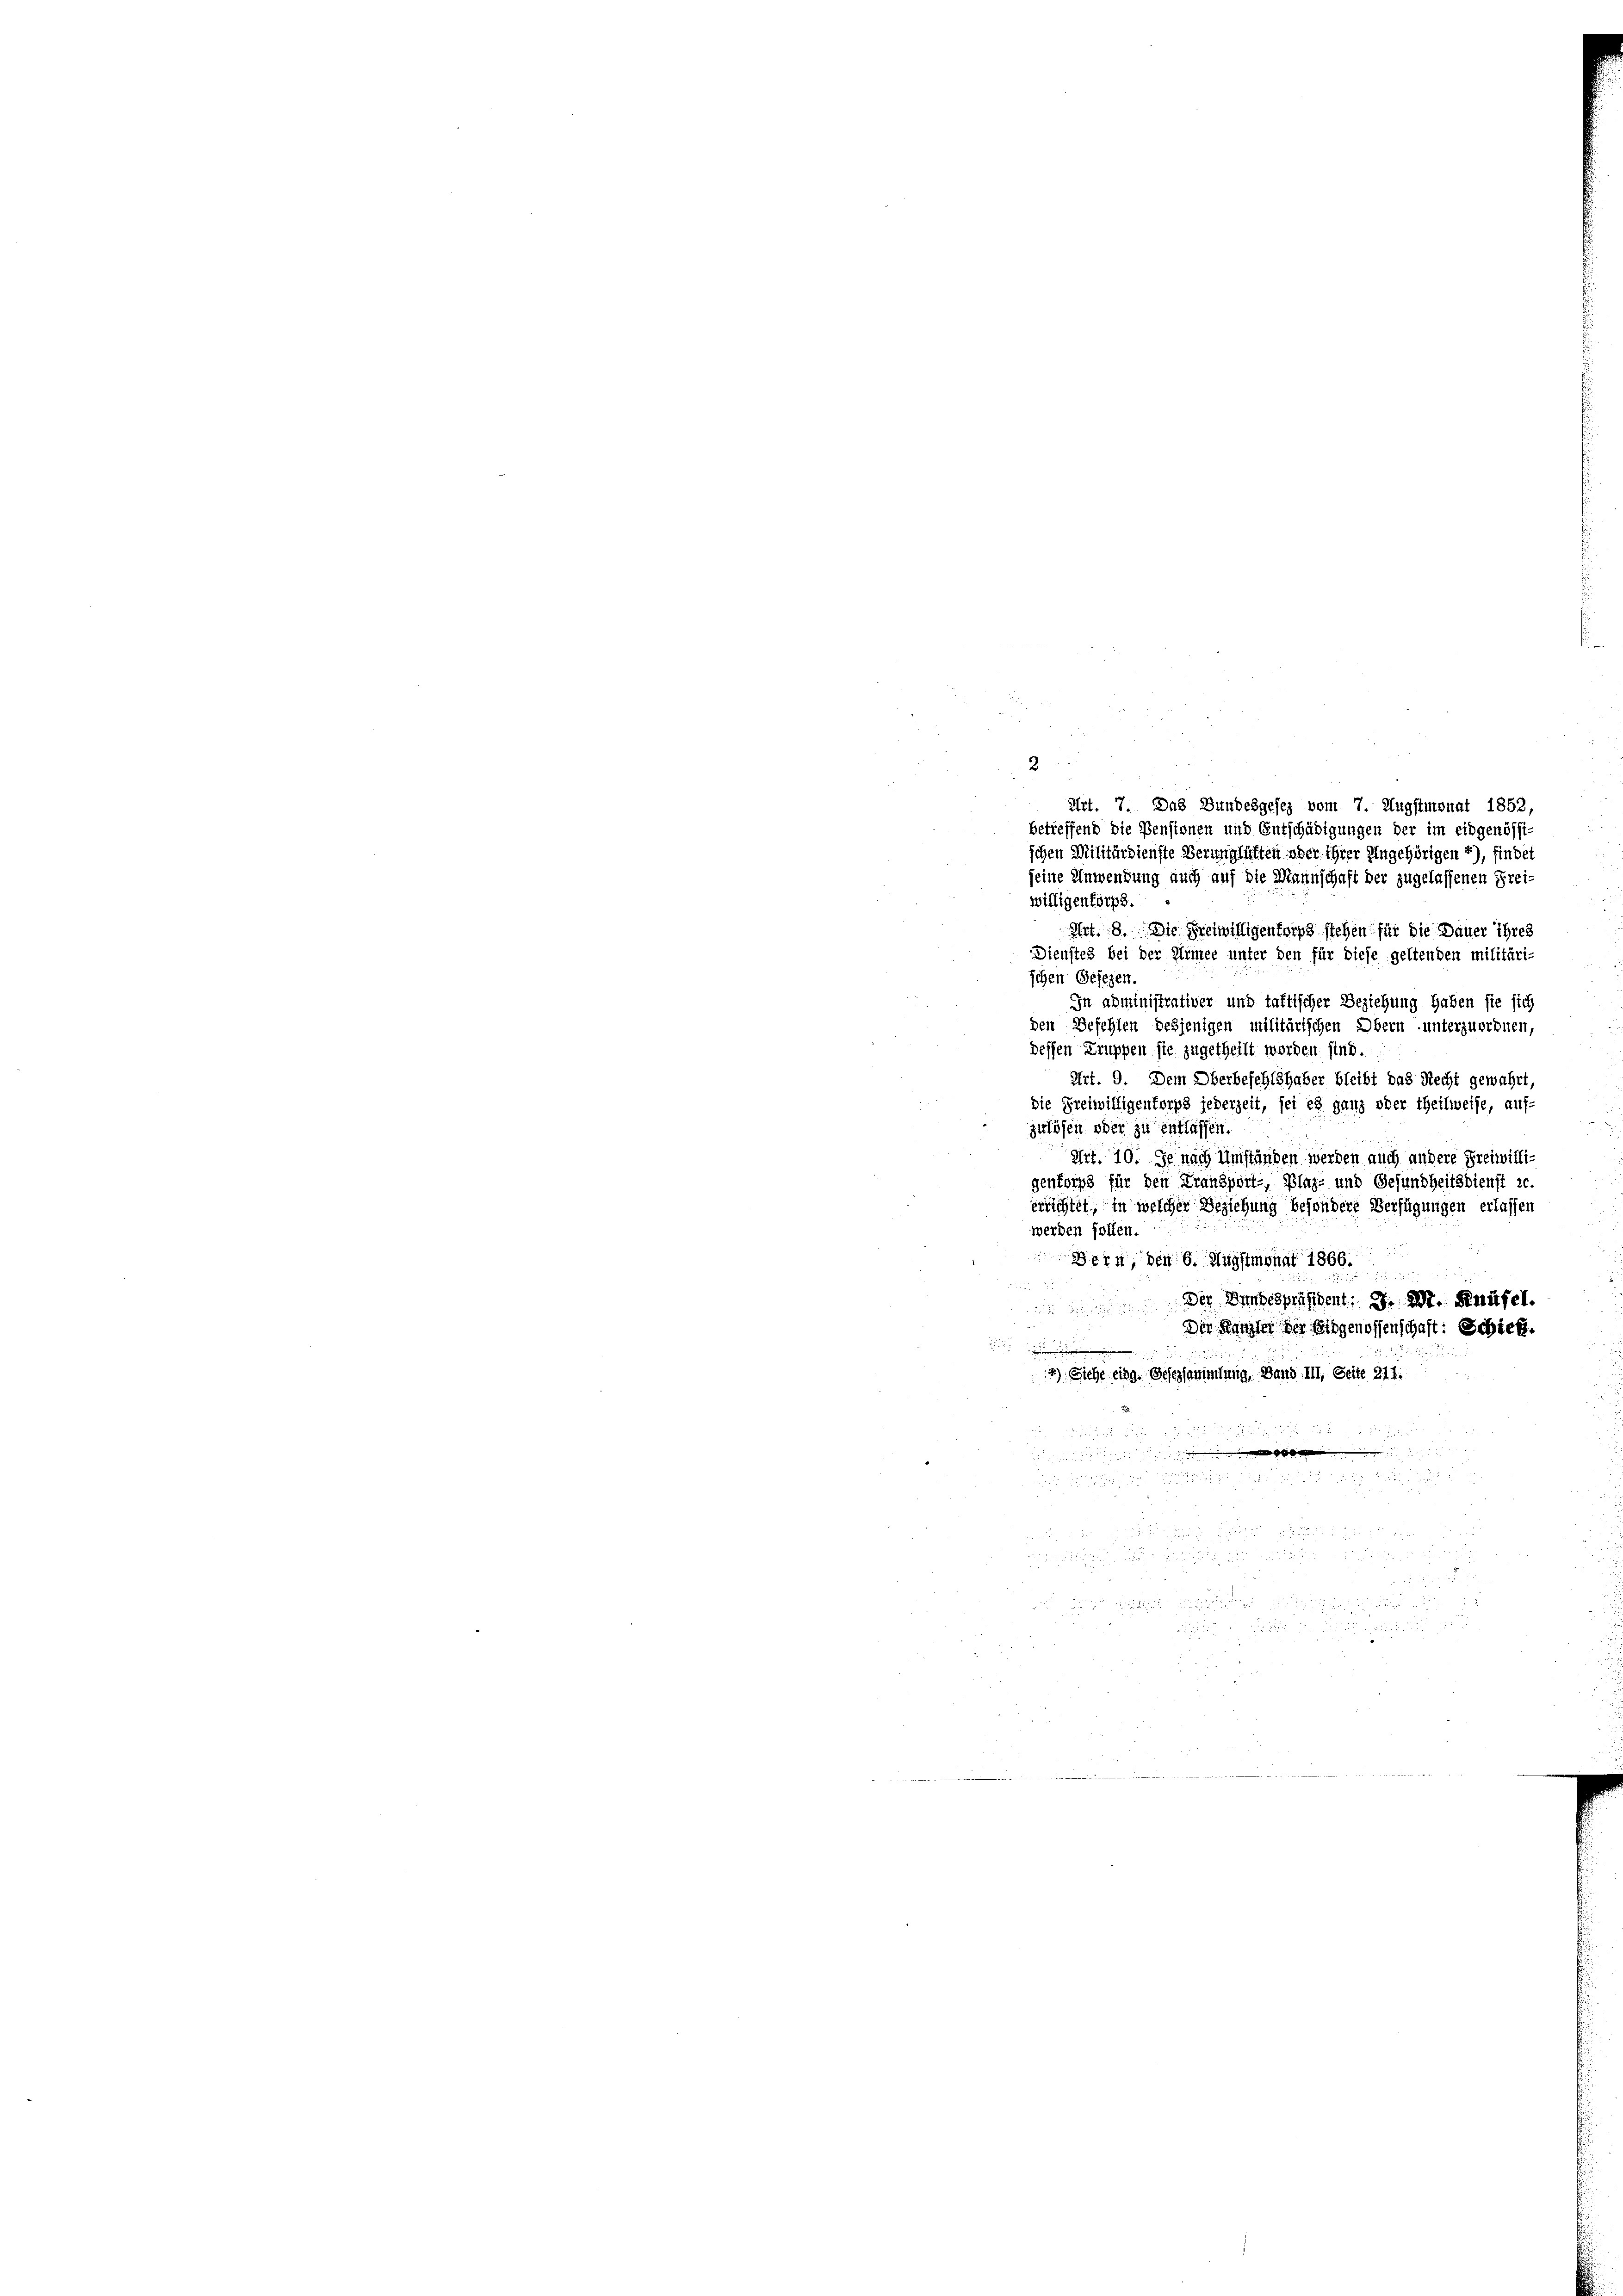
Art. 7. Das Bundesgesez vom 7. Augstmonat 1852,
betreffend die Pensionen und Entschädigungen der im eidgenössi

schen Militärdienste Verunglühten oder ihrer Eingehörigen 2), findet
seine Anwendung auch auf die Mannschaft der zugelassenen Frei-
willigenförps.
Art. 8. Die Freiwilligenforps stehen für die Dauer ihres
Dienstes bei der Armee unter den für diese geltenden militäri-
ichen Gesezen.
In administrativer und taftlicher Beziehung haben sie sich
den Befehlen desjenigen militärischen Obern unterzuordnen,
dessen Truppen sie zugetheilt worden sind.
Art. 9. Dem Oberbefehlshaber bleibt das Recht gewährt,
die Freiwilligentorps jederzeit, sei es ganz oder Theilweise, auf-
zulösen oder zu entlassen.
Art. 10. Je nach Umständen werden auch andere Freiwilligenkorps für den Transport- Plag- und Gesundheitsdienst c.
errichtet, in welcher Beziehung besondere Verfügungen erlassen
werden sollen.
Bern, den 6. Augstmonat 1869
e
Der Bundespräsident J. M. Knüsel.
Der Kanzler der Eidgenossenschaft: Schickt.
2
4) Siehe eidg. Gesessammlung, Band III. Seite 217.

         10 x